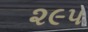
૨૯૫